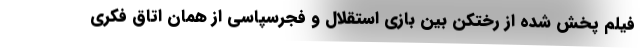
فیلم پخش شده از رختکن بین بازی استقلال و فجرسپاسی از همان اتاق فکری